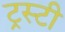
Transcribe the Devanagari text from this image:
ट्रस्‍टी